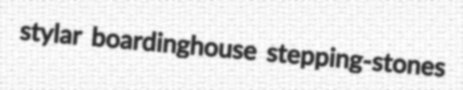
stylar boardinghouse stepping-stones